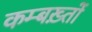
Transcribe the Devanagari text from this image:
कम्बख़्तों